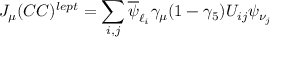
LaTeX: J _ { \mu } ( C C ) ^ { l e p t } = \sum _ { i , j } \overline { { { \psi } } } _ { \ell _ { i } } \gamma _ { \mu } ( 1 - \gamma _ { 5 } ) U _ { i j } \psi _ { \nu _ { j } }